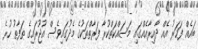
ބައެއް ފަހަރު އެއް ދާއިރާއެއްގައި މަސައްކަތްކުރާ ފަރާތްތަކުގެ މެދުގައިވެސް އުޖޫރައިގެ ތަފާތު ހުރެ